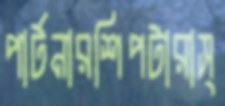
পার্টনারশিপটারাস্